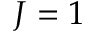
J = 1